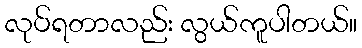
လုပ်ရတာလည်း လွယ်ကူပါတယ်။